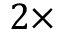
2 \times